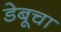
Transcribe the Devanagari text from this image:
डेबूचा